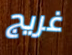
غريج